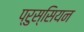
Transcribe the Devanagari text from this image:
प्रुस्सियन